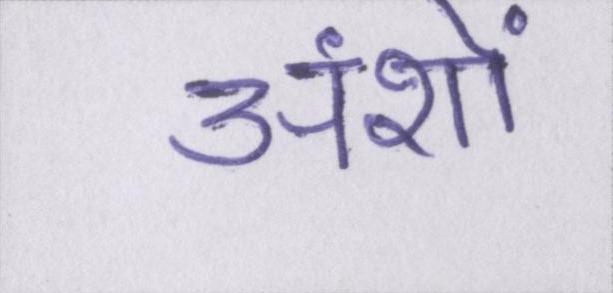
अंशों